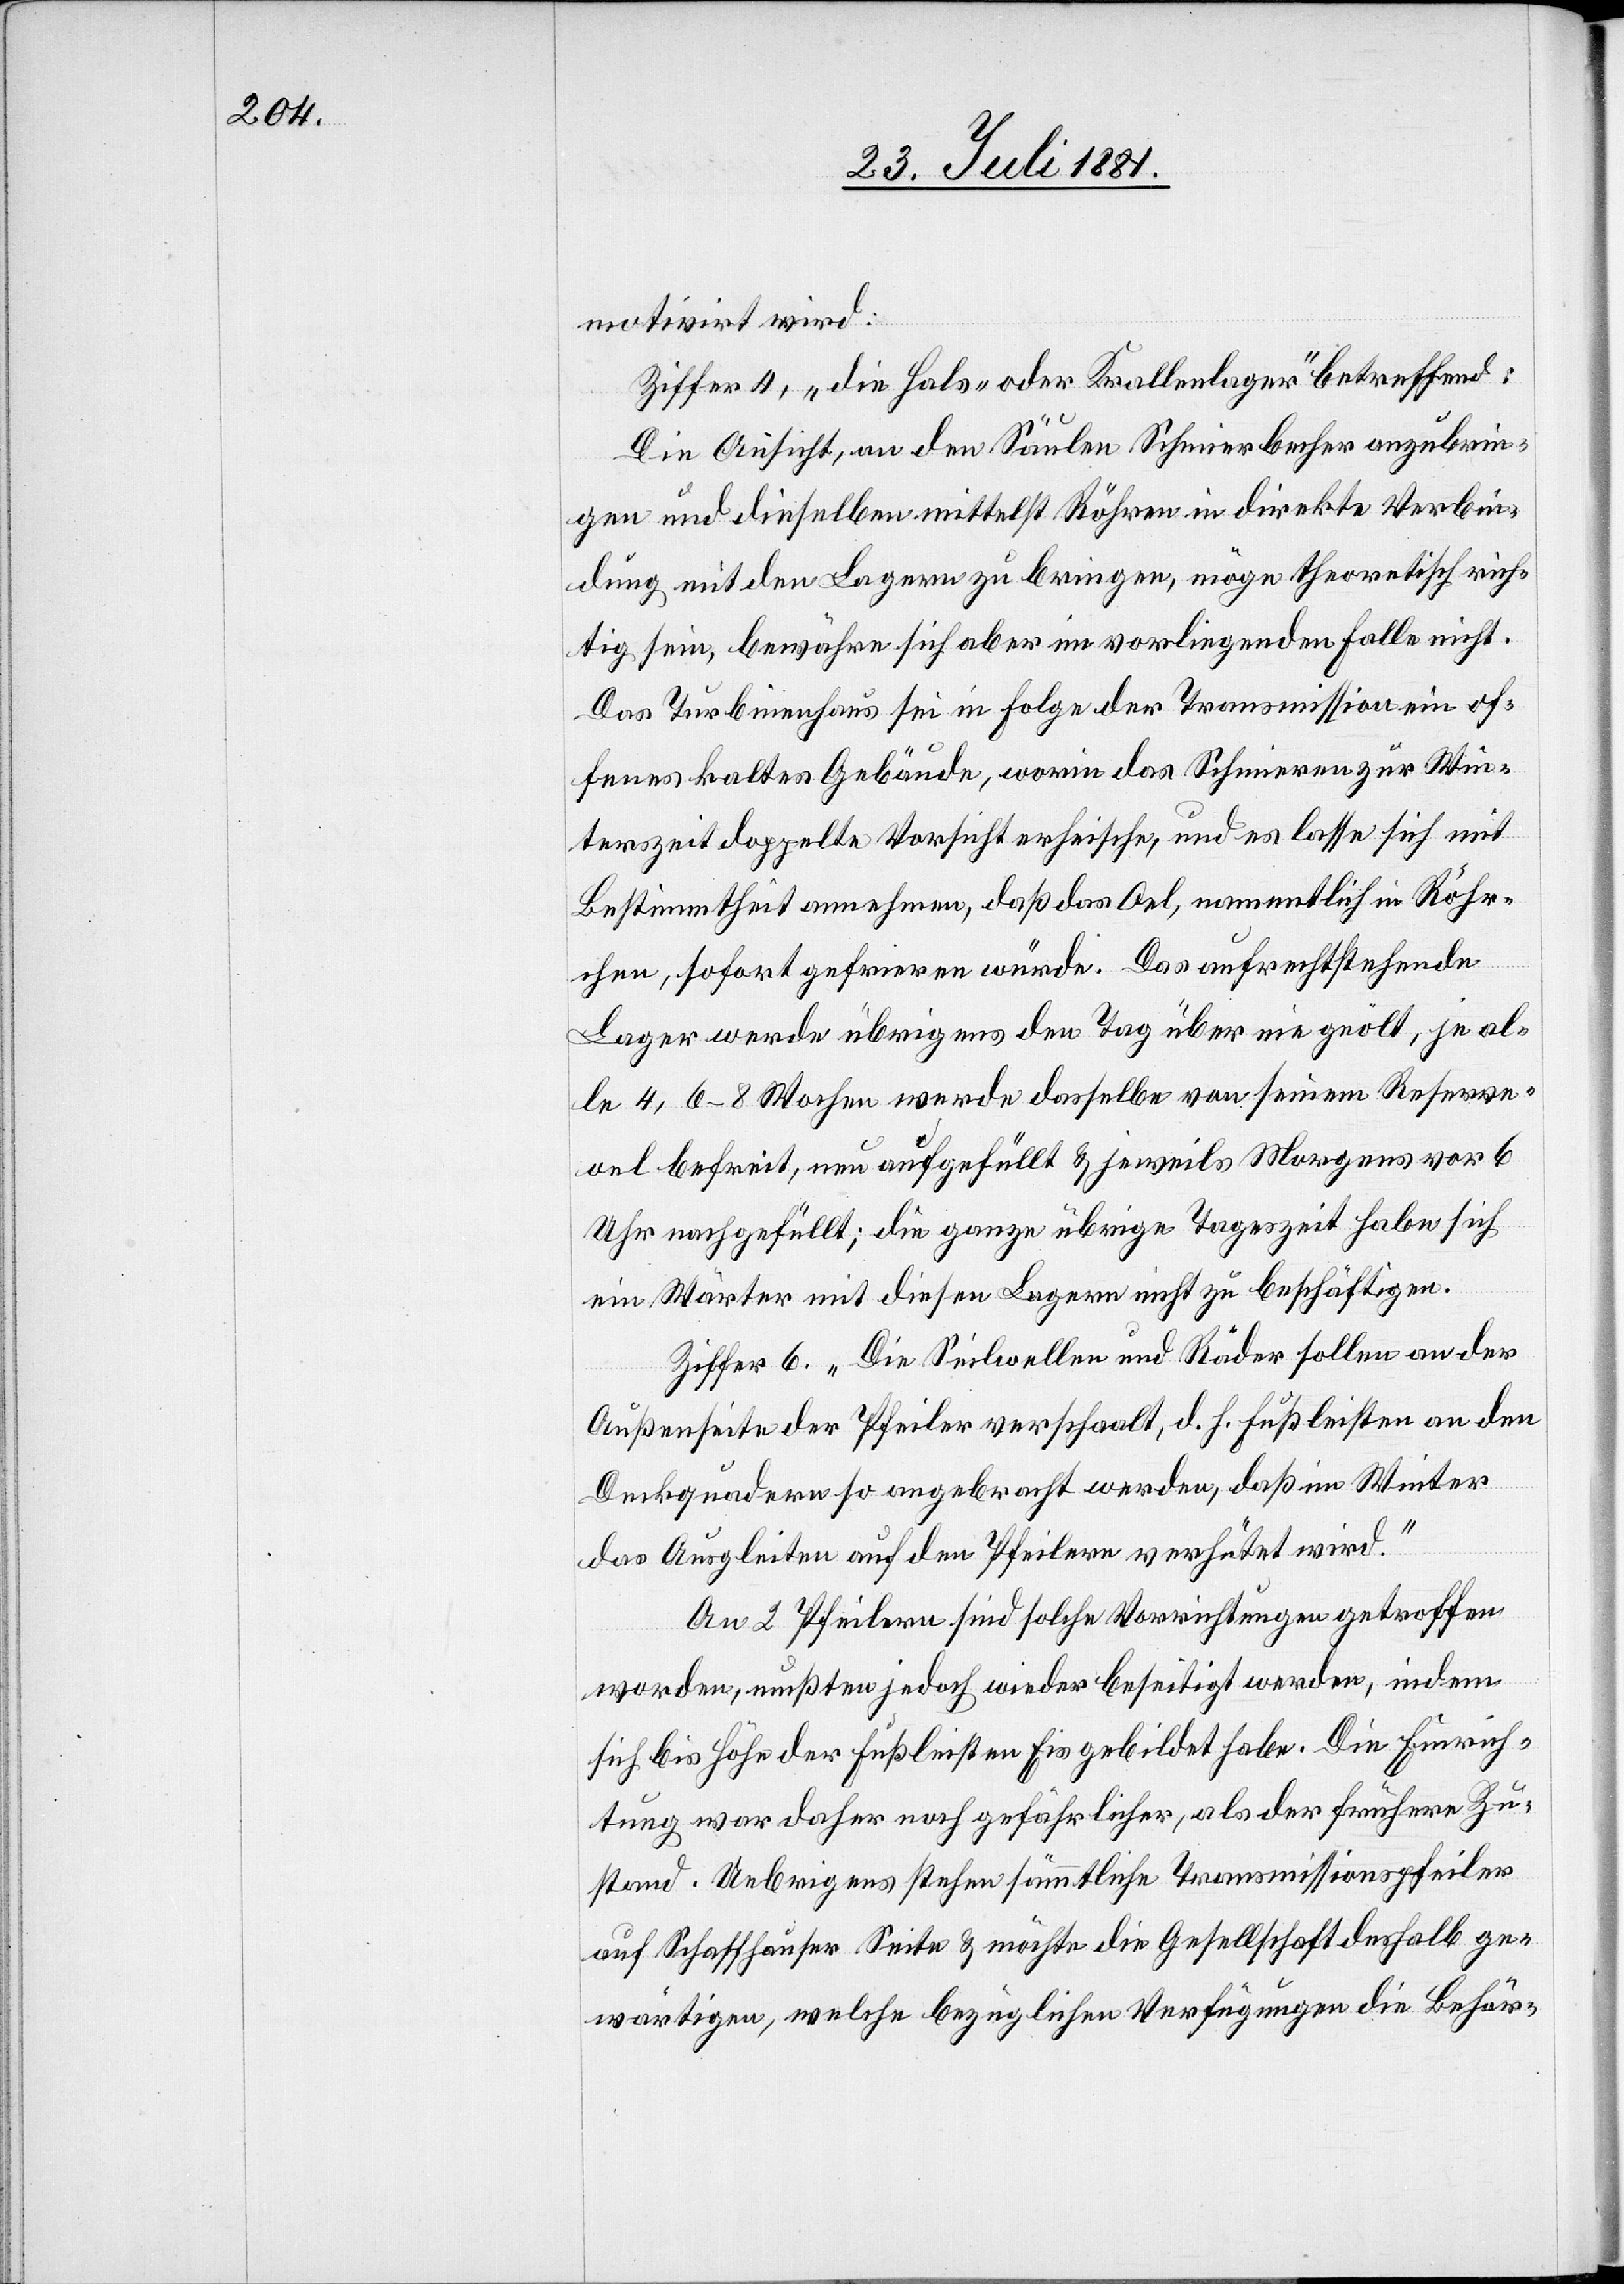
motivirt wird:
Ziffer 4, „die Hals- oder Krallenlager“ betreffend:
Die Ansicht, an den Säulen Schmierbecher anzubrin¬
gen und dieselben mittels Röhren in direkte Verbin¬
dung mit den Lagern zu bringen, möge theoretisch wich¬
tig sein, bewähre sich aber im vorliegenden Falle nicht.
Das Turbinenhaus sei in Folge der Transmission ein of¬
fenes kaltes Gebäude, worin das Schmieren zur Win¬
terzeit doppelte Vorsicht erheische, und es lasse sich mit
Bestimmtheit annehmen, daß das Oel, namentlich in Röhr¬
en, sofort gefrieren würde. Das aufrechtstehende
Lager werde übrigens den Tag über nie geölt, je al¬
le 4, 6–8 Wochen [sic!] werde dasselbe von seinem Reserve¬
oel befreit, neu aufgefüllt & jeweils Morgens vor 6
Uhr nachgefüllt; die ganze übrige Tageszeit habe sich
ein Wärter mit diesen Lagern nicht zu beschäftigen.
Ziffer 6. „Die Seilwellen und Räder sollen an der
Außenseite der Pfeiler verschaalt, d. h. Fußleisten an den
Deckquadern so angebracht werden, daß im Winter
das Ausgleiten auf den Pfeilern verhütet wird.“
An 2 Pfeilern sind solche Vorrichtungen getroffen
worden, mußten jedoch wieder beseitigt werden, indem
sich bis Höhe der Fußleisten Eis gebildet habe. Die Einrich¬
tung war daher noch gefährlicher, als der frühere Zu¬
stand. Uebrigens stehen sämmtliche Transmissionspfeiler
auf Schaffhauser Seite & möchte die Gesellschaft deshalb ge¬
wärtigen, welche bezüglichen Verfügungen die Behör-